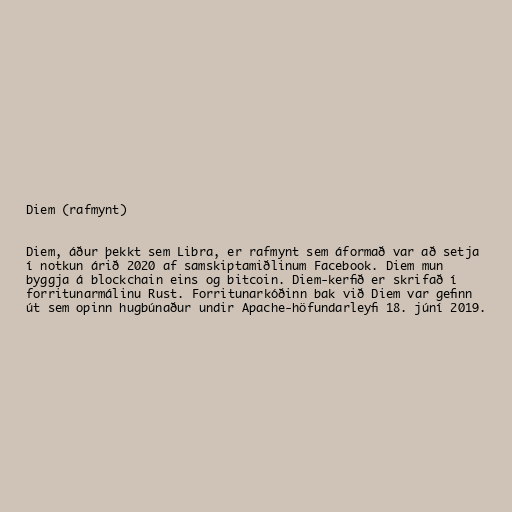
Diem (rafmynt)

Diem, áður þekkt sem Libra, er rafmynt sem áformað var að setja
í notkun árið 2020 af samskiptamiðlinum Facebook. Diem mun
byggja á blockchain eins og bitcoin. Diem-kerfið er skrifað í
forritunarmálinu Rust. Forritunarkóðinn bak við Diem var gefinn
út sem opinn hugbúnaður undir Apache-höfundarleyfi 18. júní 2019.